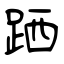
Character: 跴